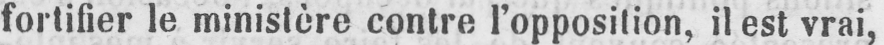
fortifier le ministère contre l’opposition, il est vrai,